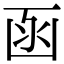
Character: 函